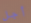
أجل